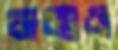
জন্যও